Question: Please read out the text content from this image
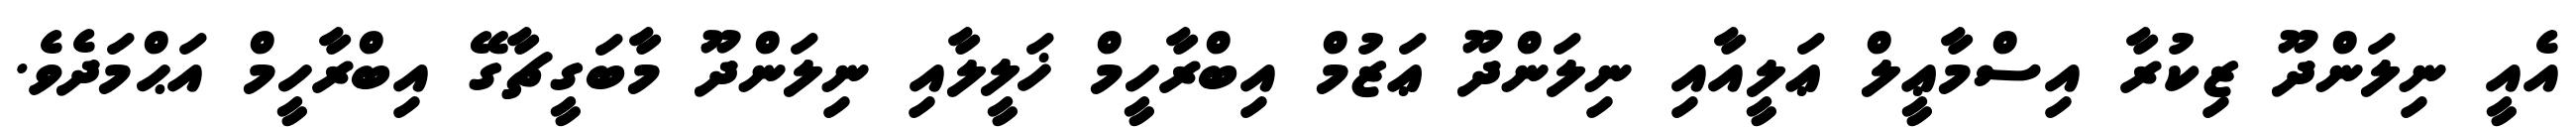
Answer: އެއީ ނިލަންދޫ ޒިކުރާ އިސްމާޢީލް ޢަލީއާއި ނިލަންދޫ ޢަޒުމް އިބްރާހީމް ޚަލީލާއި ނިލަންދޫ މާބަގީޗާގޭ އިބްރާހީމް އަޙްމަދެވެ.